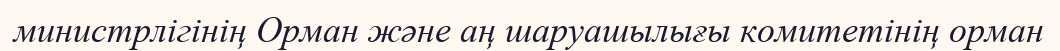
министрлігінің Орман және аң шаруашылығы комитетінің орман